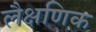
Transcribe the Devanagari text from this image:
लैक्षणिक